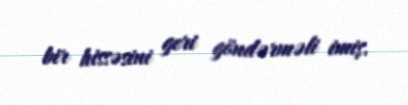
bir hissəsini geri göndərməli imiş.